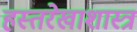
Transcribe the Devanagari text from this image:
हस्तरेखाशास्त्र